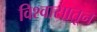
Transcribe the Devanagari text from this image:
विश्वासातून